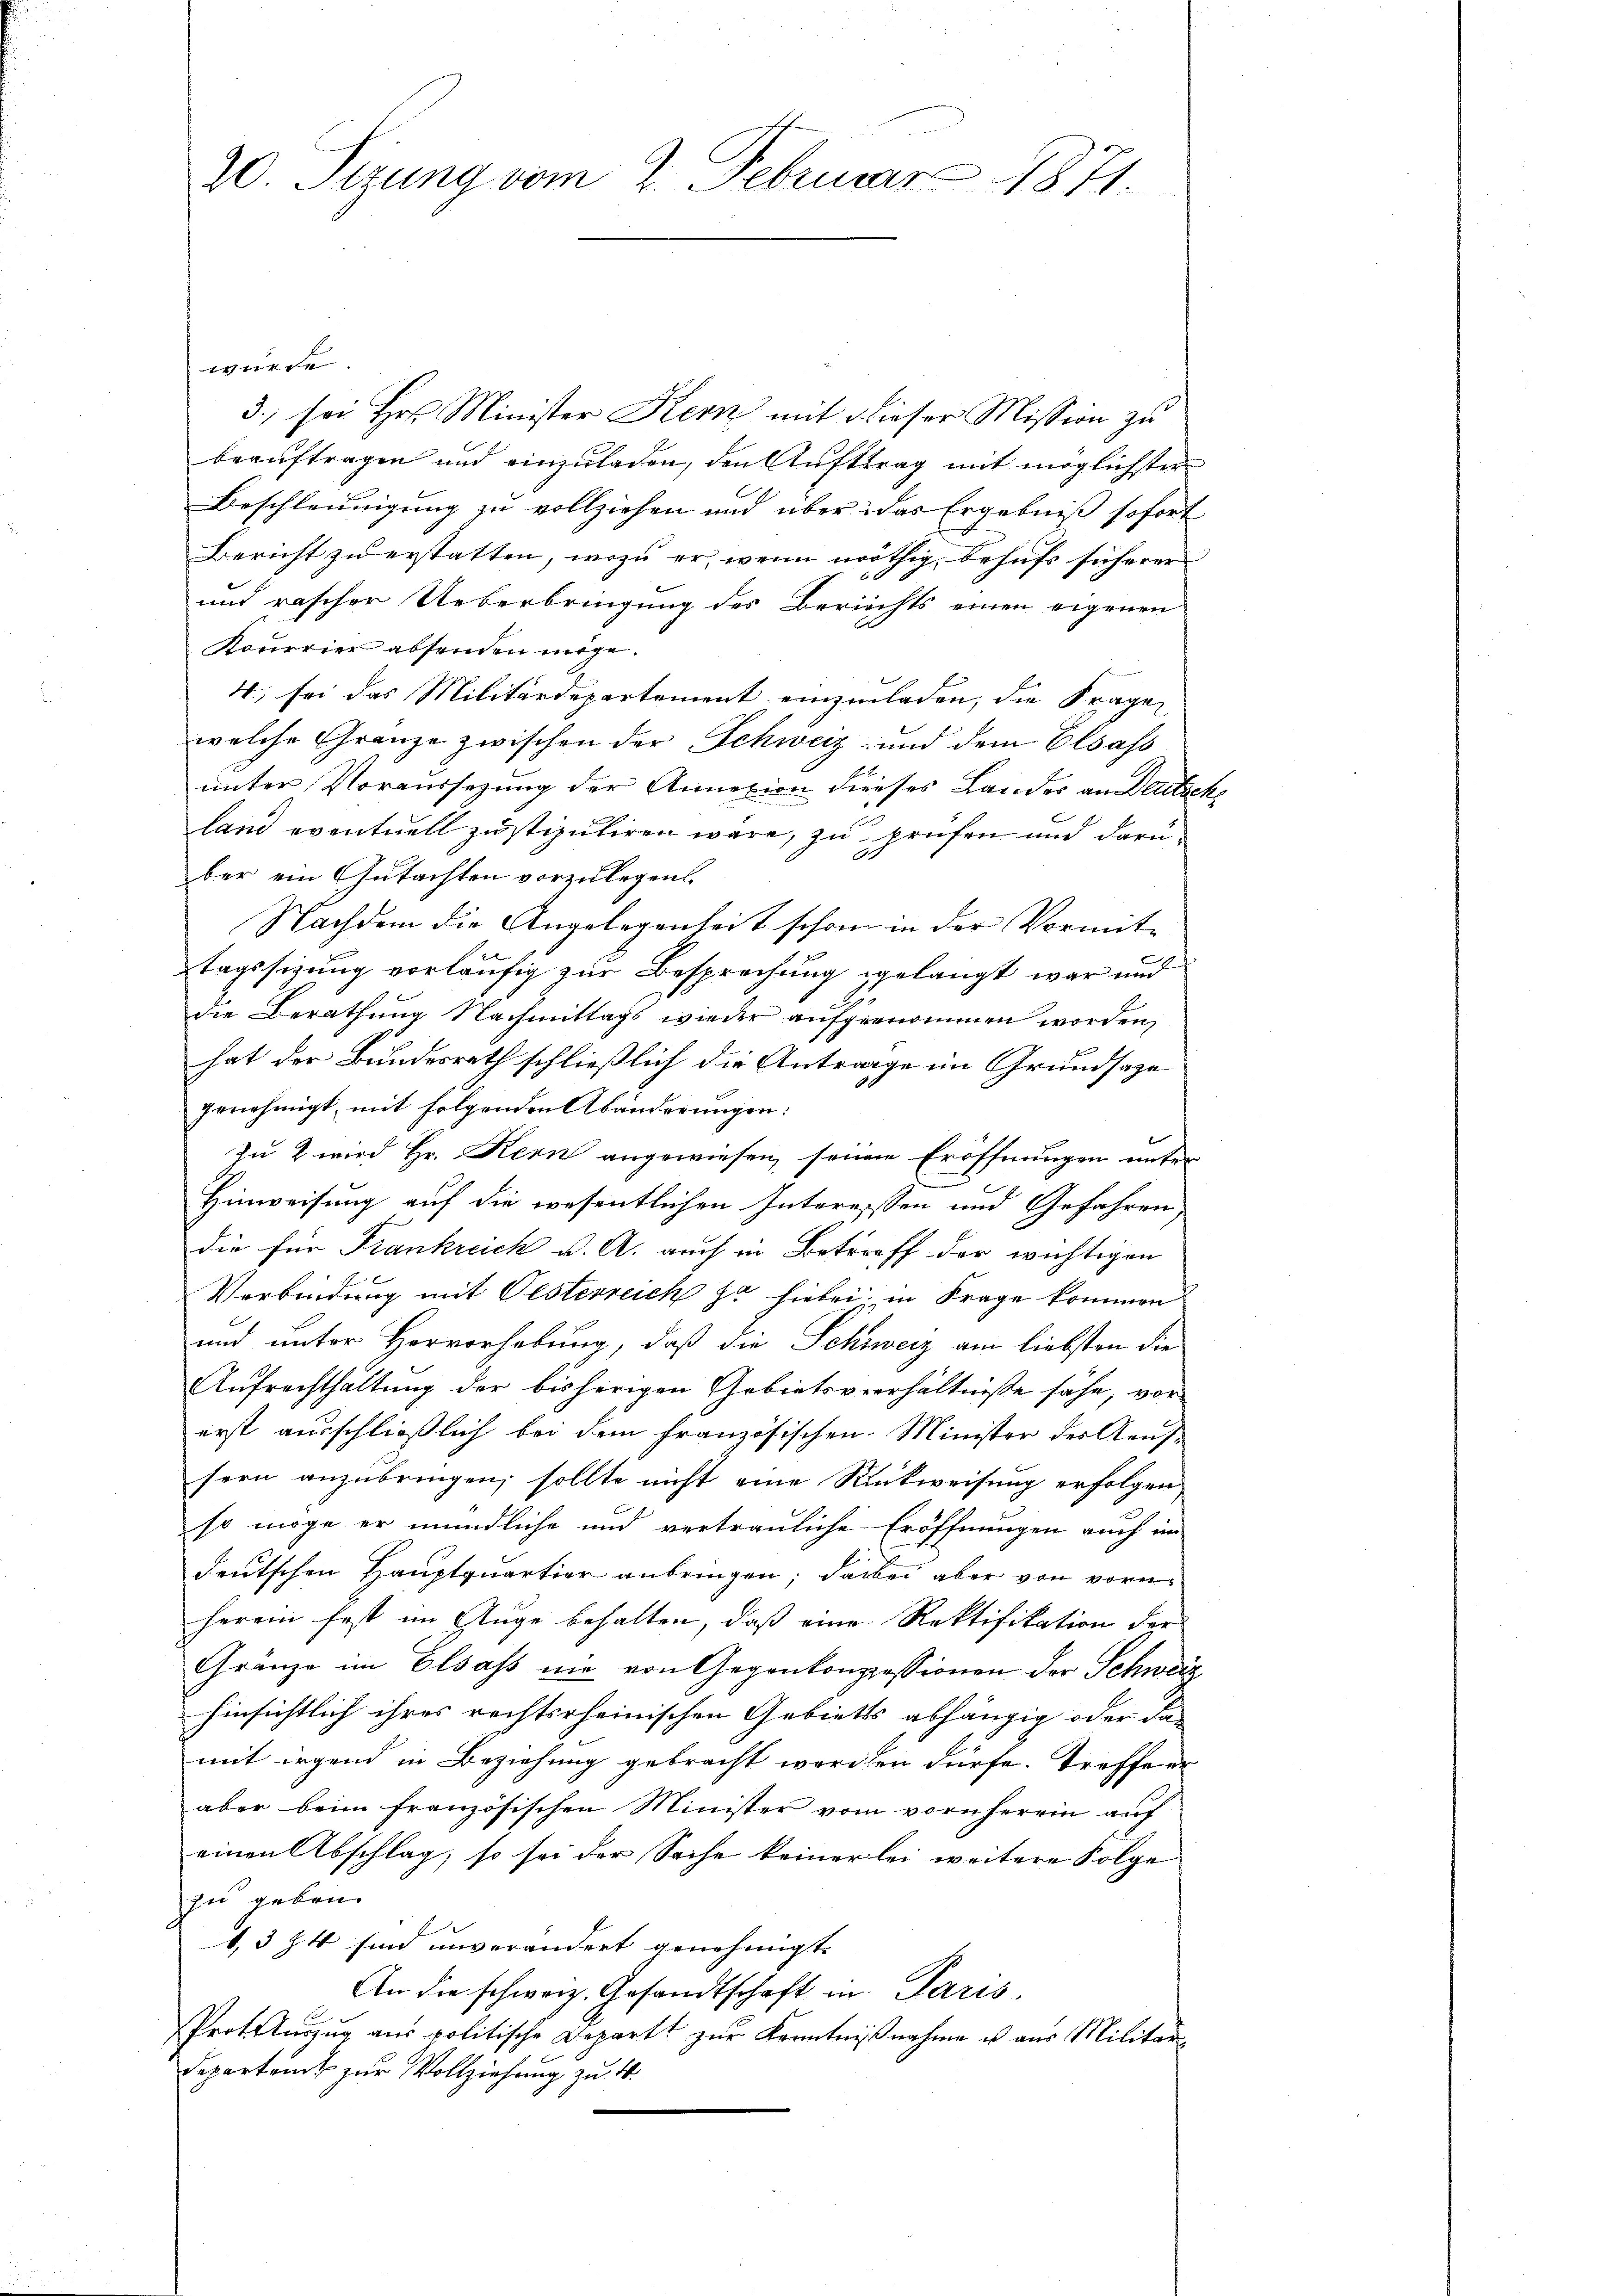
20 Tizung vom 2. Februar 1871.

würde
3., sei Hos Minister Kern mit dieser Mission zu
beauftragen und einzuladen, den Auftrag mit möglichster
Beschleunigung zu vollziehen und über das Ergebniß sofort
Bericht zu erstatten, wozu er, wenn nöthig, behufs sicherer
und rascher Ueberbringung des Berichts einen eigenen
Konerier absenden möge.
4., sei das Militärdepartement einzuladen, die Fragen
welche Gränze zwischen der Schweiz, und dem Elsass
unter Voraussezung der Annexion dieses Landes an Deutschs
land eventuell zu stipuliren wäre, zu prüfen und darüber ein Gutachten vorzulegen.
Nachdem die Angelegenheit schon in der Vormittagssizung vorläufig zur Besprechung gelangt war und
die Berathung Nachmittags wieder aufgenommen worden,
hat der Bundesrath schließlich die Antrage im Grundsaze
genehmigt, mit folgenden Abänderungen:
Zu 2 wird Hr. Kern angewiesen, seinen Eröffnungen unter
Hinweisung auf die wesentlichen Interessen und Gefahren
die für Frankreich u. A. auch in Betreff der wichtigen
Verbindung mit Oesterreich zu hiebei, in Frage kommen
und unter Hervorhebung, daß die Schweiz am liebsten die
Aufrechthaltung der bisherigen Gebietsverhältnisse sähe, vorerst ausschließlich bei dem französischen Minister des Aeuf-
sern anzubringen, sollte nicht eine Rückweisung erfolgen
so möge er mündliche und vertrauliche Eröffnungen auch im
deutschen Hauptquartier anbringen; dabei aber von vorherein fest im Auge behalten, daß eine Rektifikation der
Gränze im Elsass nie von Gegenkonzessionen der Schweiz
hinsichtlich ihres rechtscheinischen Gebietts abhängig oder da-
mit irgend in Beziehung gebracht werden dürfe. Treffe er
aber beim französischen Minister vom vornherein auf
einen Abschlag, so sei der Sache keinerlei weitere Folge
zu geben.
1,3 74 sind unverändert genehmigt.
An die schweiz. Gesandtschaft in Paris
Protokorzŭg aŭs politische Depart zŭr Kenntniβnahme u aus Militär-
Departende zur Vollziehung zu 4.